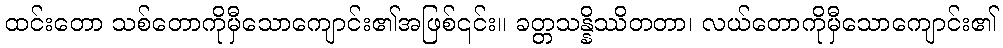
ထင်းတော သစ်တောကိုမှီသောကျောင်း၏အဖြစ်၎င်း။ ခတ္တသန္နိဿိတတာ၊ လယ်တောကိုမှီသောကျောင်း၏